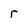
Character: r